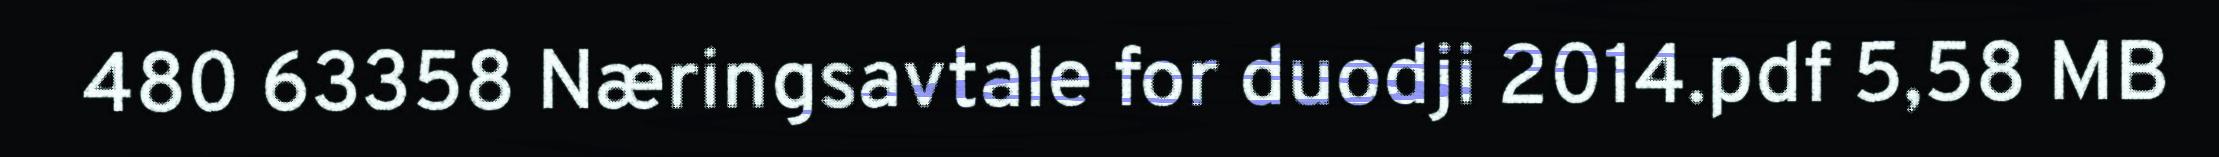
480 63358 Næringsavtale for duodji 2014.pdf 5,58 MB